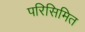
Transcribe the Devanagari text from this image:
परिसिमित